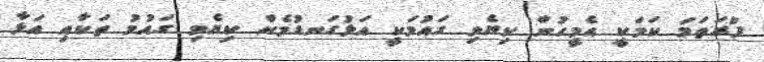
ފުރަތަމަ ކަމަކީ އެމީހުން ކިޔެވި ގައުމަކީ އަޅުގަނޑުމެން ކިޔެވި ގައުމު ތަކާއި އަޅާ